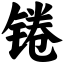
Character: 锩